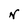
Character: N